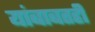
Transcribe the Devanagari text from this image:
यांबाबतही